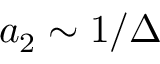
a _ { 2 } \sim 1 / \Delta